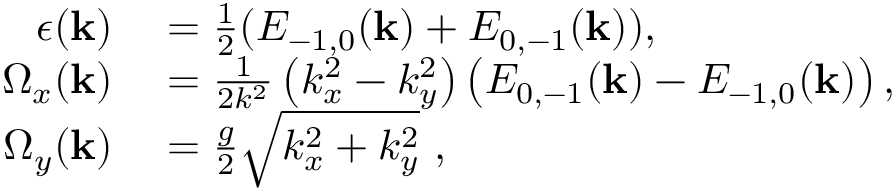
\begin{array} { r l } { \epsilon ( \mathbf { k } ) } & { { } = \frac { 1 } { 2 } ( E _ { - 1 , 0 } ( \mathbf { k } ) + E _ { 0 , - 1 } ( \mathbf { k } ) ) , } \\ { \Omega _ { x } ( \mathbf { k } ) } & { { } = \frac { 1 } { 2 k ^ { 2 } } \left( k _ { x } ^ { 2 } - k _ { y } ^ { 2 } \right) \left( E _ { 0 , - 1 } ( \mathbf { k } ) - E _ { - 1 , 0 } ( \mathbf { k } ) \right) , } \\ { \Omega _ { y } ( \mathbf { k } ) } & { { } = \frac { g } { 2 } \sqrt { k _ { x } ^ { 2 } + k _ { y } ^ { 2 } } \textrm { , } } \end{array}